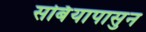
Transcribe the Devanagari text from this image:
सर्बियापासुन